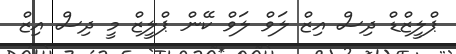
ޕްލީޒްޑް ދިސް އިޒް ލަވް ލަވް ކޭން ޕްލީޒް މީ ދިސް އިޒް